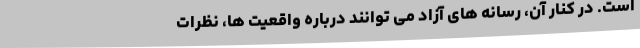
است. در کنار آن، رسانه های آزاد می توانند درباره واقعیت ها، نظرات